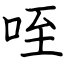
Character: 咥